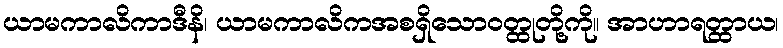
ယာမကာလိကာဒီနိ၊ ယာမကာလိကအစရှိသောဝတ္ထုတို့ကို။ အာဟာရတ္ထာယ၊